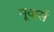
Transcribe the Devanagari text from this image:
मूव्हर्स